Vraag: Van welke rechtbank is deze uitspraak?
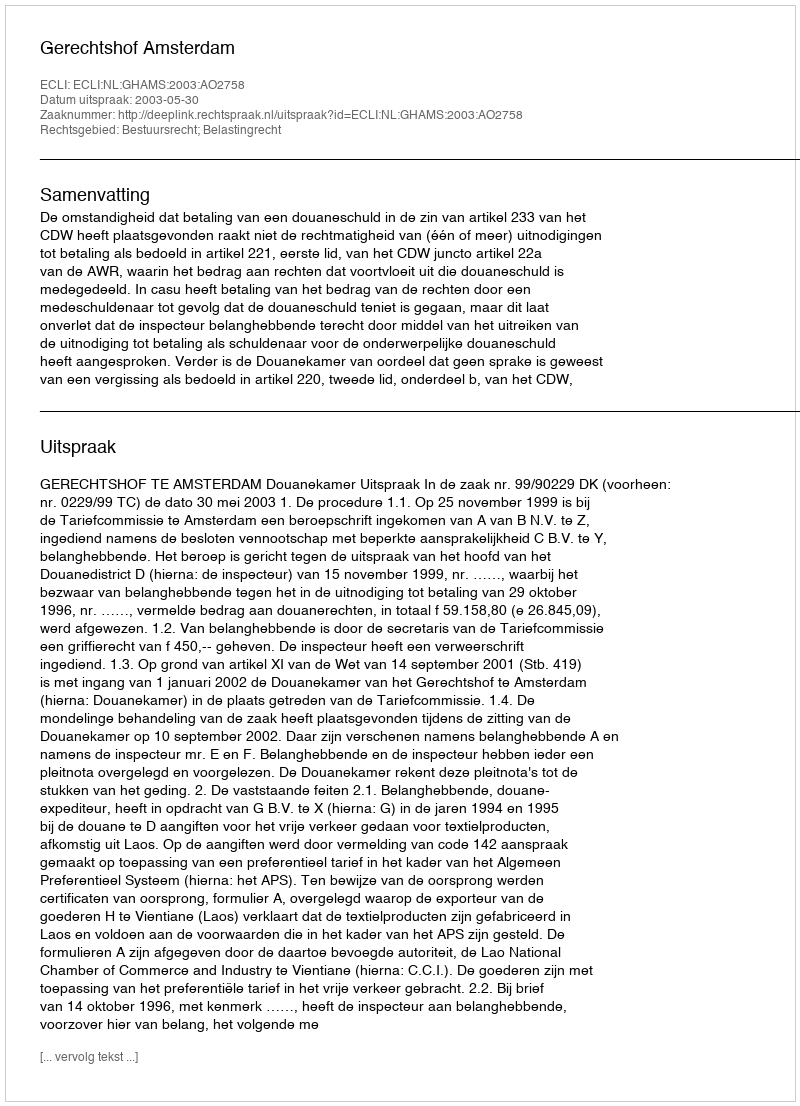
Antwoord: Gerechtshof Amsterdam